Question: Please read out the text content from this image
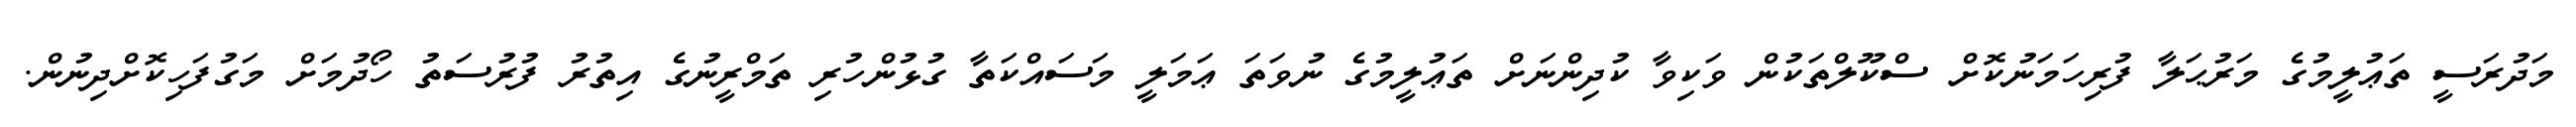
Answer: މަދުރަސީ ތަޢުލީމުގެ މަރުޙަލާ ފުރިހަމަނުކޮށް ސްކޫލްތަކުން ވަކިވާ ކުދިންނަށް ތަޢުލީމުގެ ނުވަތަ ޢަމަލީ މަސައްކަތާ ގުޅުންހުރި ތަމްރީނުގެ އިތުރު ފުރުސަތު ހޯދުމަށް މަގުފަހިކޮށްދިނުން.